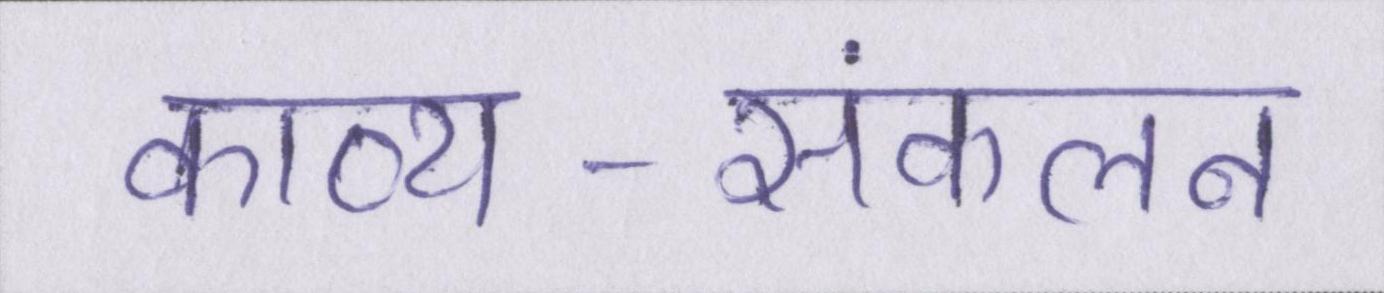
काव्य-संकलन